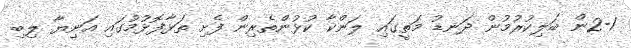
2-1ން ބަލިކުރުމުން ދަނޑު މަތީގައި ލަންކާ ކުޅުންތެރިން ފެށި ތަޅާފޮޅުމުގައި އަނިޔާ ލިބި